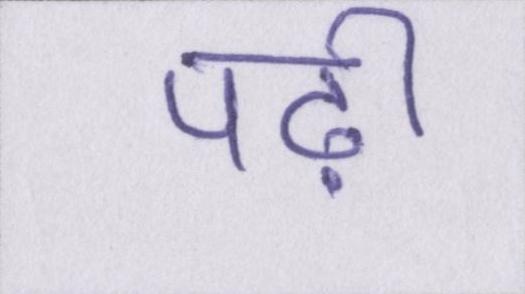
पढ़ी